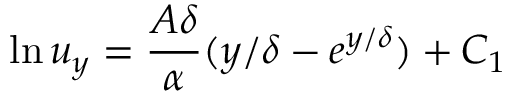
\ln u _ { y } = \frac { A \delta } { \alpha } ( { y } / { \delta } - e ^ { { y } / { \delta } } ) + C _ { 1 }